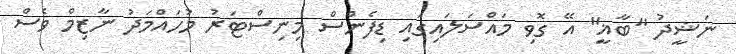
ނަޝީދު "ބާޣީ" އޭ ގޮވި މައްސަލައިގައި ޑިފެންސް މިނިސްޓަރު މުހައްމަދު ނާޒިމް ވެސް